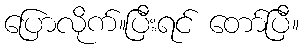
ပြောလိုက်။ပြီးရင် တော်ပြီ။